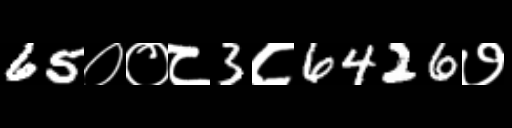
Text: 65००८3८6426७